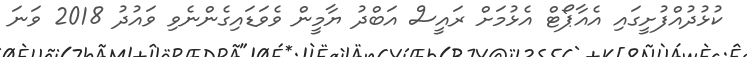
ކުޅުދުއްފުށީގައި އެއާޕޯޓް އެޅުމަށް ރައީސް އަބްދު ޔާމީން ވެވަޑައިގެންނެވި ވައުދު 2018 ވަނަ